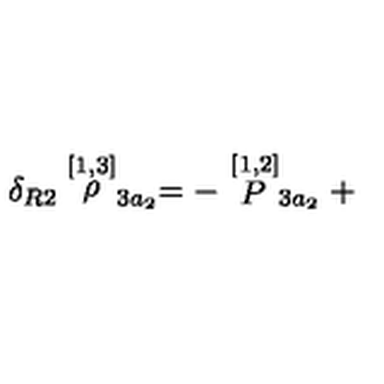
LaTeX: \delta _ { R 2 } \stackrel { [ 1 , 3 ] } { \rho } _ { 3 a _ { 2 } } = - \stackrel { [ 1 , 2 ] } { P } _ { 3 a _ { 2 } } +